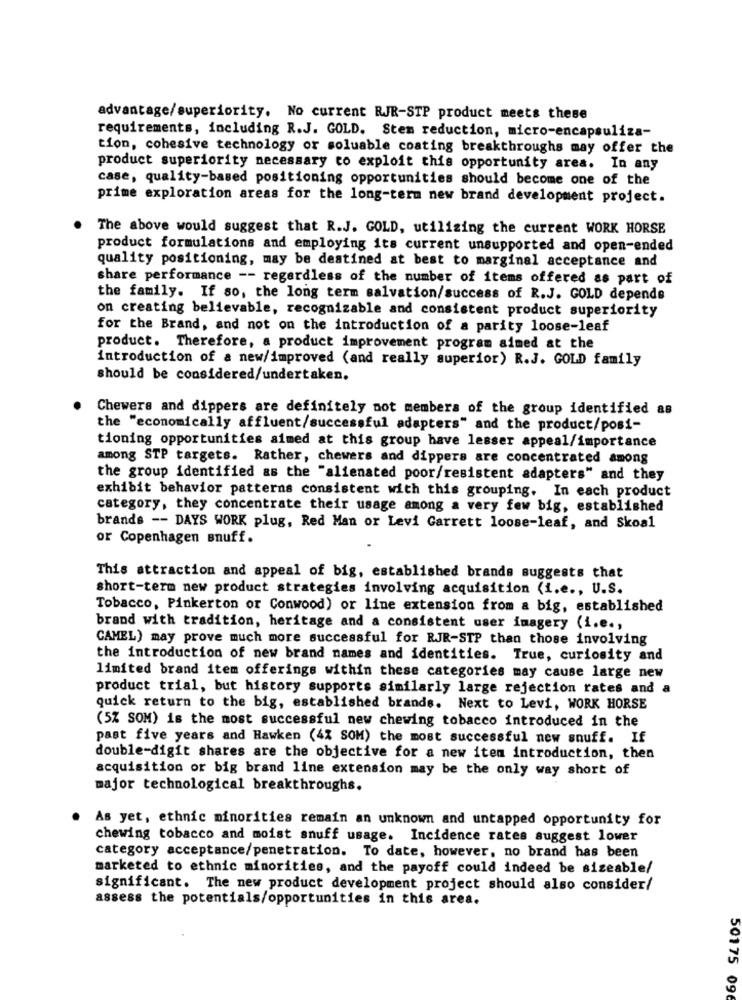
advantage/superiority. No current RJR-STP product meets these
requirements, including R.J. GOLD. Stem reduction, micro-encapsuliza-
tion, cohesive technology or soluable coating breakthroughs may offer the
product superiority necessary to exploit this opportunity area. In any
case, quality-based positioning opportunities should become one of the
prime exploration areas for the long-term new brand development project.
The above would suggest that R.J. GOLD, utilizing the current WORK HORSE
product formulations and employing its current unsupported and open-ended
quality positioning, may be destined at best to marginal acceptance and
share performance -- regardless of the number of items offered as part of
the family. If so, the long term salvation/success of R.J. GOLD depende
on creating believable, recognizable and consistent product superiority
for the Brand, and not on the introduction of a parity loose-leaf
product. Therefore, a product improvement program aimed at the
introduction of a new/improved (and really superior) R.J. GOLD family
should be considered/undertaken.
Chewers and dippers are definitely not members of the group identified as
the "economically affluent/successful adapters" and the product/posi-
tioning opportunities aimed at this group have lesser appeal/importance
among STP targets. Rather, chewers and dippers are concentrated among
the group identified as the "alienated poor/resistent adapters" and they
exhibit behavior patterns consistent with this grouping. In each product
category, they concentrate their usage among a very few big, established
brands -- DAYS WORK plug, Red Man or Levi Garrett loose-leaf, and Skoal
or Copenhagen snuff.
This attraction and appeal of big, established brands suggests that
short-term new product strategies involving acquisition (i.e ., U.S.
Tobacco, Pinkerton or Conwood) or line extension from a big, established
brand with tradition, heritage and a consistent user imagery (i.e .,
CAMEL) may prove much more successful for RJR-STP than those involving
the introduction of new brand names and identities. True, curiosity and
limited brand item offerings within these categories may cause large new
product trial, but history supports similarly large rejection rates and a
quick return to the big, established brands. Next to Levi, WORK HORSE
(5% SOM) is the most successful new chewing tobacco introduced in the
past five years and Hawken (4% SOM) the most successful new snuff. If
double-digit shares are the objective for a new item introduction, then
acquisition or big brand line extension may be the only way short of
major technological breakthroughs.
As yet, ethnic minorities remain an unknown and untapped opportunity for
chewing tobacco and moist snuff usage. Incidence rates suggest lower
category acceptance/penetration. To date, however, no brand has been
marketed to ethnic minorities, and the payoff could indeed be sizeable/
significant. The new product development project should also consider/
assess the potentials/opportunities in this area.
50175 096